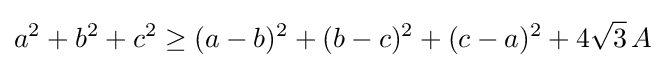
a^{2}+b^{2}+c^{2}\geq (a-b)^{2}+(b-c)^{2}+(c-a)^{2}+4{\sqrt {3}}\,A